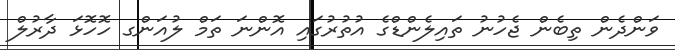
ވަންދެން ތިބެން ޖެހުނު ތައިލެންޑްގެ އުތުރުގައި އޮންނަ ތަމް ލުއަންގ ހޮހޮޅަ ދާރުލް